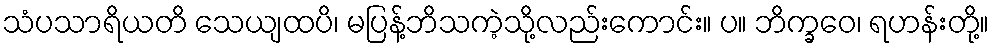
သံပသာရိယတိ သေယျထပိ၊ မပြန့်ဘိသကဲ့သို့လည်းကောင်း။ ပ။ ဘိက္ခဝေ၊ ရဟန်းတို့။